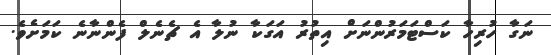
ނަގާ ހުރިހާ ކަސްޓަމަރުންނަށް އިތުރު އަގަކާ ނުލާ އެ ޗެނެލް ފެންނާނެ ކަމަށެވެ.